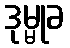
ဒုမ္မုခ